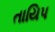
તાયિપ